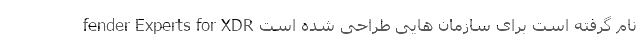
fender Experts for XDR نام گرفته است برای سازمان هایی طراحی شده است